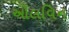
ઓલવિન